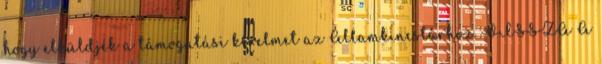
hogy elküldjék a támogatási kérelmet az Államkincstárhoz. VISSZA A